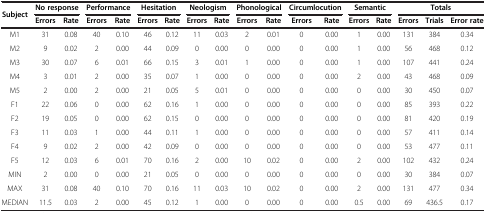
<table><thead><tr><td rowspan="2"><b>Subject</b></td><td colspan="2"><b>No response</b></td><td colspan="2"><b>Performance</b></td><td colspan="2"><b>Hesitation</b></td><td colspan="2"><b>Neologism</b></td><td colspan="2"><b>Phonological</b></td><td colspan="2"><b>Circumlocution</b></td><td colspan="2"><b>Semantic</b></td><td colspan="3"><b>Totals</b></td></tr><tr><td><b>Errors</b></td><td><b>Rate</b></td><td><b>Errors</b></td><td><b>Rate</b></td><td><b>Errors</b></td><td><b>Rate</b></td><td><b>Errors</b></td><td><b>Rate</b></td><td><b>Errors</b></td><td><b>Rate</b></td><td><b>Errors</b></td><td><b>Rate</b></td><td><b>Errors</b></td><td><b>Rate</b></td><td><b>Errors</b></td><td><b>Trials</b></td><td><b>Error rate</b></td></tr></thead><tbody><tr><td>M1</td><td>31</td><td>0.08</td><td>40</td><td>0.10</td><td>46</td><td>0.12</td><td>11</td><td>0.03</td><td>2</td><td>0.01</td><td>0</td><td>0.00</td><td>1</td><td>0.00</td><td>131</td><td>384</td><td>0.34</td></tr><tr><td>M2</td><td>9</td><td>0.02</td><td>2</td><td>0.00</td><td>44</td><td>0.09</td><td>0</td><td>0.00</td><td>0</td><td>0.00</td><td>0</td><td>0.00</td><td>1</td><td>0.00</td><td>56</td><td>468</td><td>0.12</td></tr><tr><td>M3</td><td>30</td><td>0.07</td><td>6</td><td>0.01</td><td>66</td><td>0.15</td><td>3</td><td>0.01</td><td>1</td><td>0.00</td><td>0</td><td>0.00</td><td>1</td><td>0.00</td><td>107</td><td>441</td><td>0.24</td></tr><tr><td>M4</td><td>3</td><td>0.01</td><td>2</td><td>0.00</td><td>35</td><td>0.07</td><td>1</td><td>0.00</td><td>0</td><td>0.00</td><td>0</td><td>0.00</td><td>2</td><td>0.00</td><td>43</td><td>468</td><td>0.09</td></tr><tr><td>M5</td><td>2</td><td>0.00</td><td>2</td><td>0.00</td><td>21</td><td>0.05</td><td>5</td><td>0.01</td><td>0</td><td>0.00</td><td>0</td><td>0.00</td><td>0</td><td>0.00</td><td>30</td><td>450</td><td>0.07</td></tr><tr><td>F1</td><td>22</td><td>0.06</td><td>0</td><td>0.00</td><td>62</td><td>0.16</td><td>1</td><td>0.00</td><td>0</td><td>0.00</td><td>0</td><td>0.00</td><td>0</td><td>0.00</td><td>85</td><td>393</td><td>0.22</td></tr><tr><td>F2</td><td>19</td><td>0.05</td><td>0</td><td>0.00</td><td>62</td><td>0.15</td><td>0</td><td>0.00</td><td>0</td><td>0.00</td><td>0</td><td>0.00</td><td>0</td><td>0.00</td><td>81</td><td>420</td><td>0.19</td></tr><tr><td>F3</td><td>11</td><td>0.03</td><td>1</td><td>0.00</td><td>44</td><td>0.11</td><td>1</td><td>0.00</td><td>0</td><td>0.00</td><td>0</td><td>0.00</td><td>0</td><td>0.00</td><td>57</td><td>411</td><td>0.14</td></tr><tr><td>F4</td><td>9</td><td>0.02</td><td>2</td><td>0.00</td><td>42</td><td>0.09</td><td>0</td><td>0.00</td><td>0</td><td>0.00</td><td>0</td><td>0.00</td><td>0</td><td>0.00</td><td>53</td><td>477</td><td>0.11</td></tr><tr><td>F5</td><td>12</td><td>0.03</td><td>6</td><td>0.01</td><td>70</td><td>0.16</td><td>2</td><td>0.00</td><td>10</td><td>0.02</td><td>0</td><td>0.00</td><td>2</td><td>0.00</td><td>102</td><td>432</td><td>0.24</td></tr><tr><td>MIN</td><td>2</td><td>0.00</td><td>0</td><td>0.00</td><td>21</td><td>0.05</td><td>0</td><td>0.00</td><td>0</td><td>0.00</td><td>0</td><td>0.00</td><td>0</td><td>0.00</td><td>30</td><td>384</td><td>0.07</td></tr><tr><td>MAX</td><td>31</td><td>0.08</td><td>40</td><td>0.10</td><td>70</td><td>0.16</td><td>11</td><td>0.03</td><td>10</td><td>0.02</td><td>0</td><td>0.00</td><td>2</td><td>0.00</td><td>131</td><td>477</td><td>0.34</td></tr><tr><td>MEDIAN</td><td>11.5</td><td>0.03</td><td>2</td><td>0.00</td><td>45</td><td>0.12</td><td>1</td><td>0.00</td><td>0</td><td>0.00</td><td>0</td><td>0.00</td><td>0.5</td><td>0.00</td><td>69</td><td>436.5</td><td>0.17</td></tr></tbody></table>